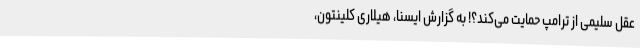
عقل سلیمی از ترامپ حمایت می‌کند؟! به گزارش ایسنا، هیلاری کلینتون،